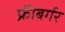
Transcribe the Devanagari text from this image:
फ्रीबर्गर